Annual report of the Punjab Veterinary College and of the Civil Veterinary Department, Punjab - 1920-1925
Year: 1920
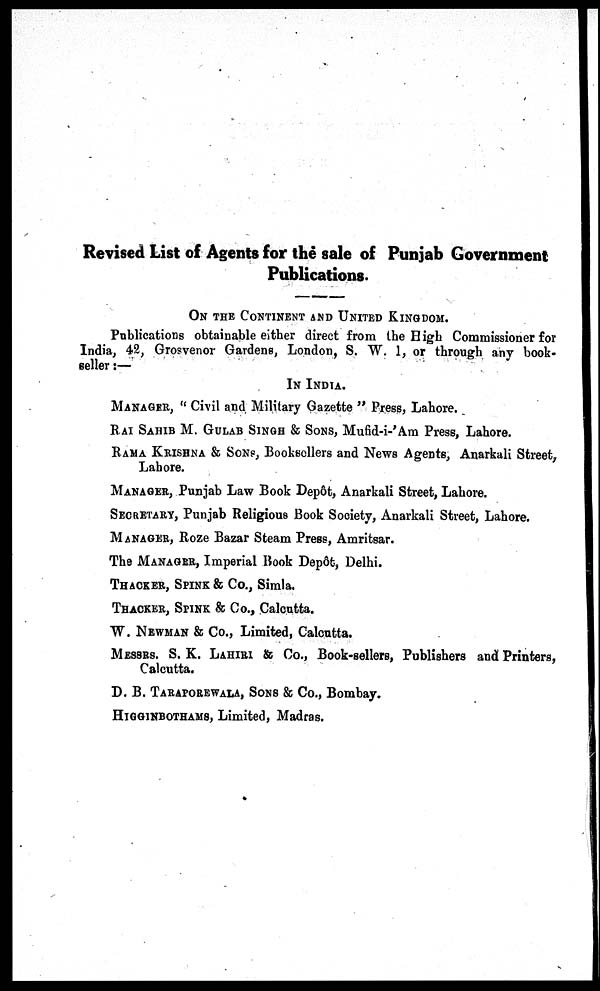
Revised List of Agents for the sale of Punjab Government
Publications.
ON THE CONTINENT AND UNITED KINGDOM.
Publications obtainable either direct from the High Commissioner for
India, 42, Grosvenor Gardens, London, S. W. 1, or through any book-
seller :—
IN INDIA.
MANAGER, "Civil and Military Gazette" Press, Lahore.
RAI SAHIB M. GULAB SINGH & SONS, Mufid-i-'Am Press, Lahore.
RAMA KRISHNA & SONS, Booksellers and News Agents, Anarkali Street,
Lahore.
MANAGER, Punjab Law Book Depôt, Anarkali Street, Lahore.
SECRETARY, Punjab Religious Book Society, Anarkali Street, Lahore.
MANAGER, Roze Bazar Steam Press, Amritsar.
The MANAGER, Imperial Book Depôt, Delhi.
THACKER, SPINK & Co., Simla.
THACKER, SPINK & Co., Calcutta.
W. NEWMAN & Co., Limited, Calcutta.
MESSRS. S. K. LAHIRI & Co., Book-sellers, Publishers and Printers,
Calcutta.
D. B. TARAPOREWALA, SONS & Co., Bombay.
HIGGINBOTHAMS, Limited, Madras.